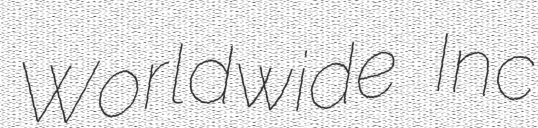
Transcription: Worldwide Inc